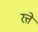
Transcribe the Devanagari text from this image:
रत्ते